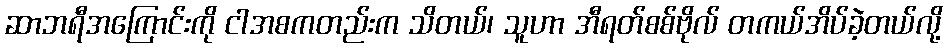
ဆာဘရီအကြောင်းကို ငါအစကတည်းက သိတယ်၊ သူဟာ အီရတ်စစ်ဗိုလ် တကယ်အိပ်ခဲ့တယ်လို့